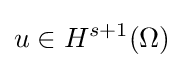
u\in H^{s+1}(\Omega )